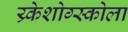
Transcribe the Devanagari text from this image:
य्र्केशोग्स्कोला